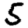
Digit: 5